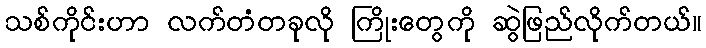
သစ်ကိုင်းဟာ လက်တံတခုလို ကြိုးတွေကို ဆွဲဖြည်လိုက်တယ်။